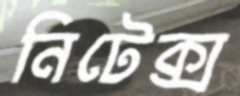
নিটেক্স